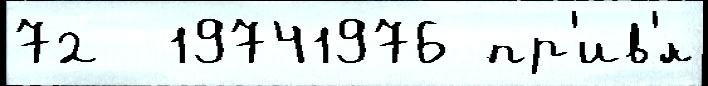
72  19741976 пр'ив'́л